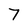
Character: 7